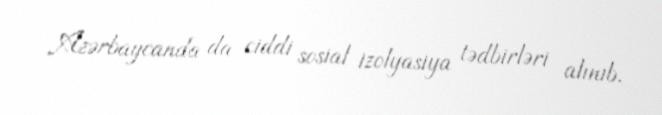
Azərbaycanda da ciddi sosial izolyasiya tədbirləri alınıb.